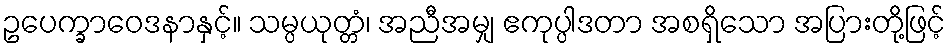
ဥပေက္ခာဝေဒနာနှင့်။ သမ္ပယုတ္တံ၊ အညီအမျှ ဧကုပ္ပါဒတာ အစရှိသော အပြားတို့ဖြင့်